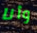
وأنا